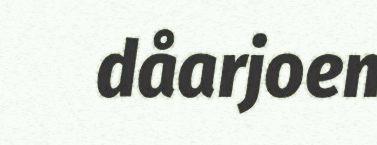
dåarjoen